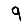
Digit: 9